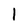
Character: l